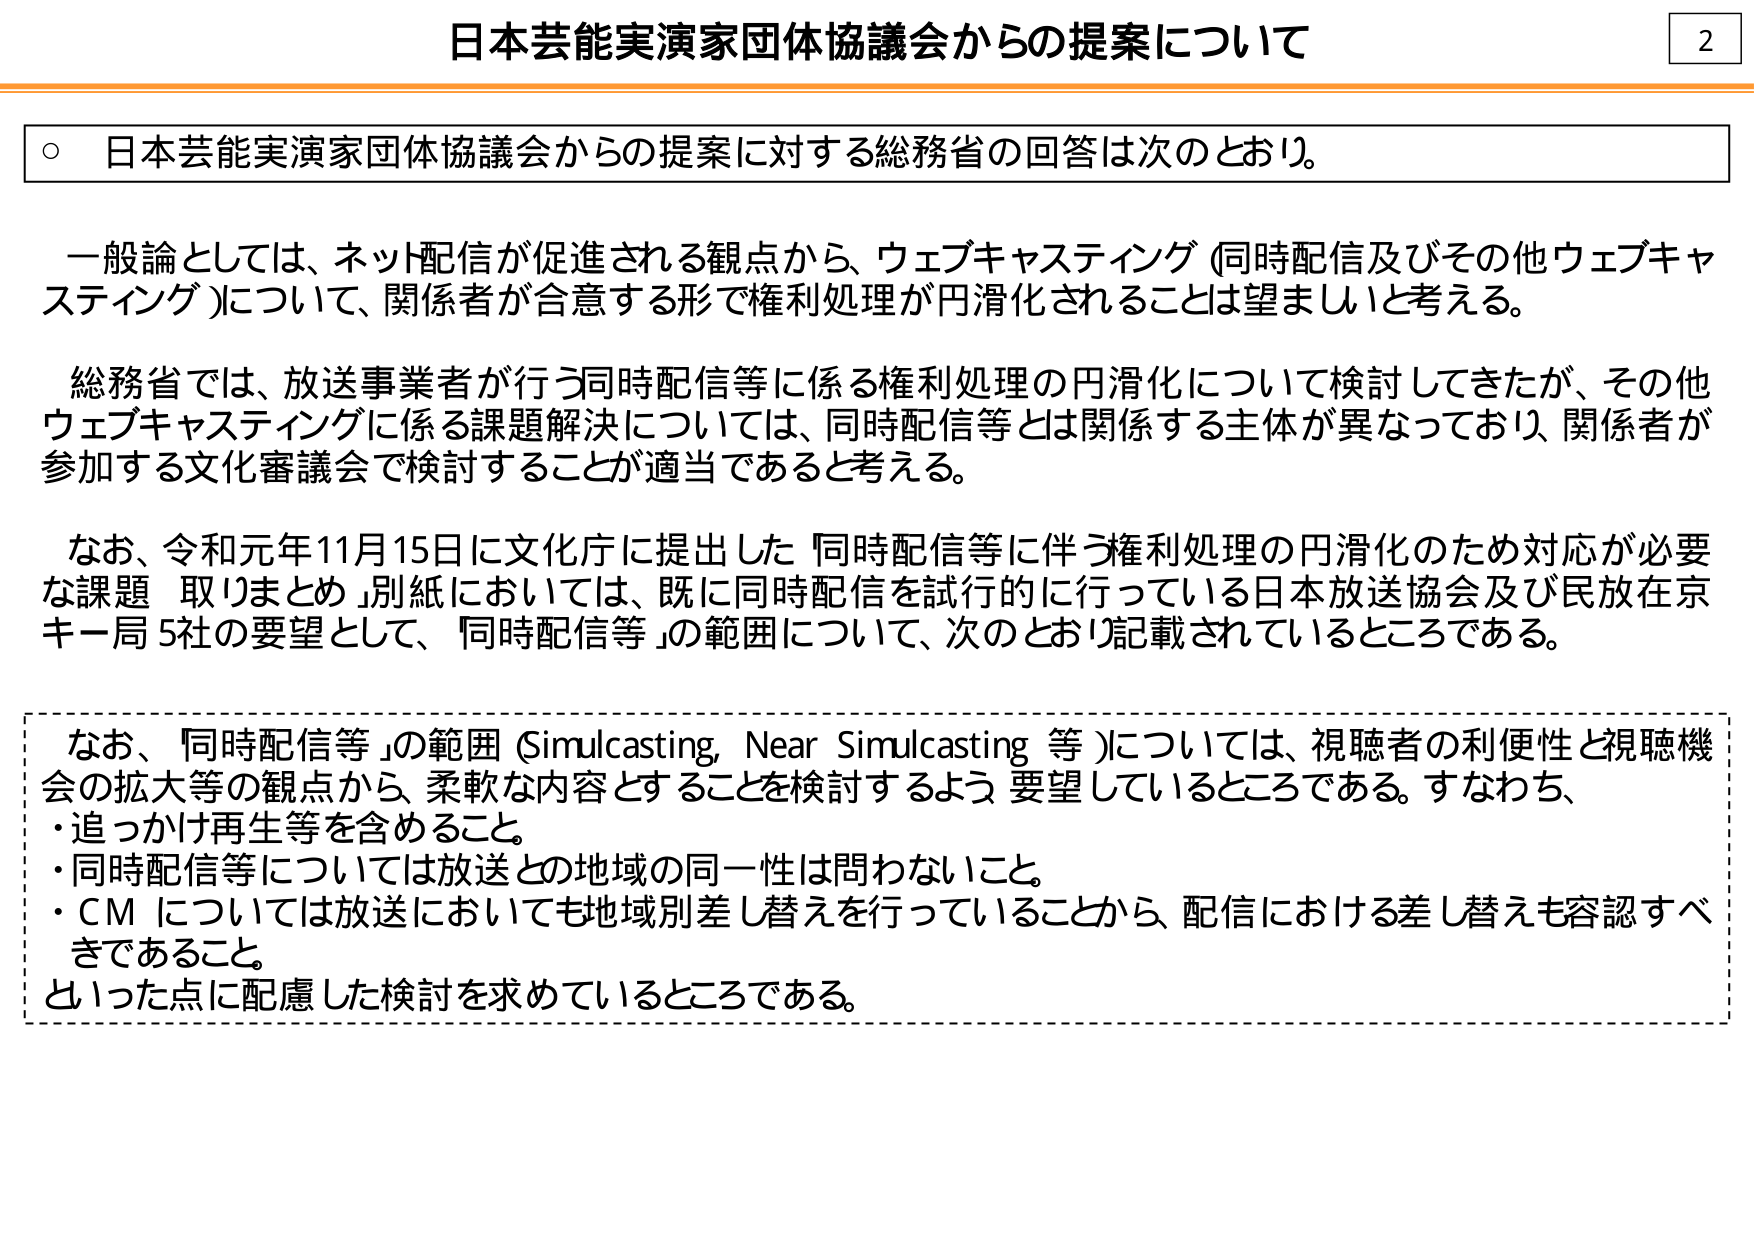
日本芸能実演家団体協議会からの提案について

○ 日本芸能実演家団体協議会からの提案に対する総務省の回答は次のとおり。

一般論としては、ネット配信が促進される観点から、ウェブキャスティング（同時配信及びその他ウェブキャスティング）について、関係者が合意する形で権利処理が円滑化されることは望ましいと考える。

総務省では、放送事業者が行う同時配信等に係る権利処理の円滑化について検討してきたが、その他ウェブキャスティングに係る課題解決については、同時配信等とは関係する主体が異なっており、関係者が参加する文化審議会で検討することが適当であると考える。

なお、令和元年11月15日に文化庁に提出した「同時配信等に伴う権利処理の円滑化のため対応が必要な課題 取りまとめ」別紙においては、既に同時配信を試行的に行っている日本放送協会及び民放在京キー局5社の要望として、「同時配信等」の範囲について、次のとおり記載されているところである。

なお、「同時配信等」の範囲（Simulcasting, Near Simulcasting 等）については、視聴者の利便性と視聴機会の拡大等の観点から、柔軟な内容とすることを検討するよう要望しているところである。すなわち、
・追っかけ再生等を含めること。
・同時配信等については放送との地域の同一性は問わないこと。
・CMについては放送においても地域別差し替えを行っていることから、配信における差し替えも容認すべきであること。
といった点に配慮した検討を求めているところである。